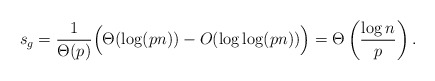
\begin{align*}s_g = \frac {1}{\Theta(p)} \Big( \Theta(\log (pn)) - O(\log \log (pn)) \Big) = \Theta \left( \frac {\log n}{p} \right).\end{align*}